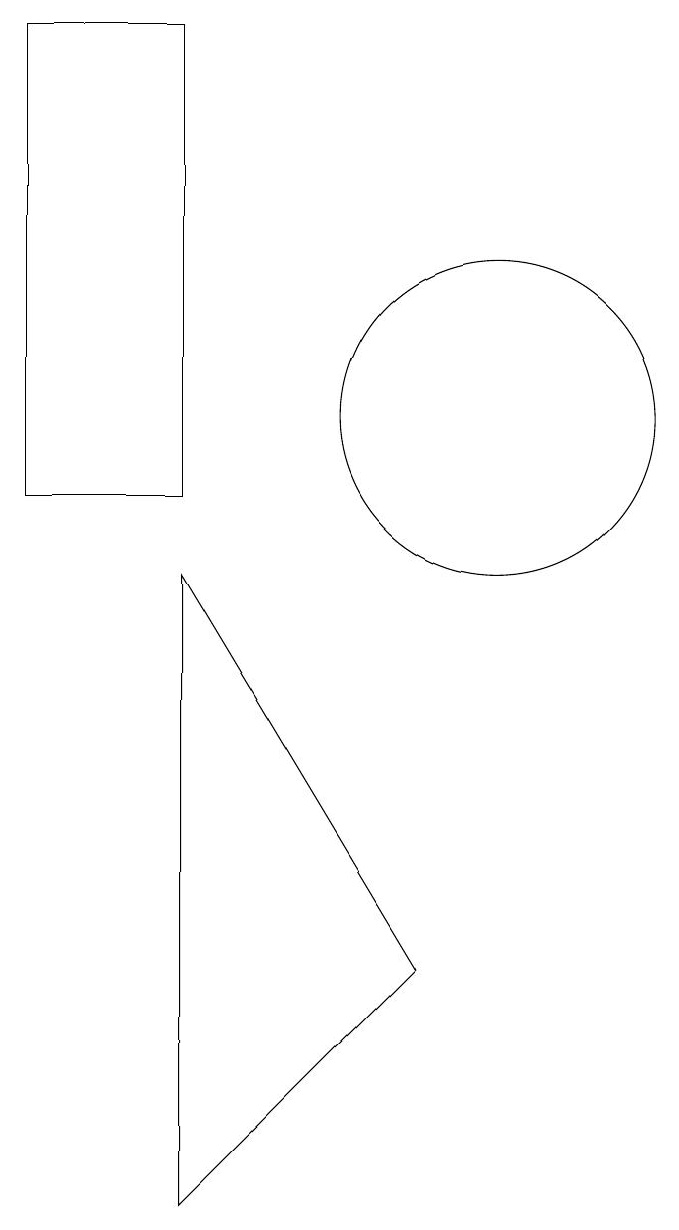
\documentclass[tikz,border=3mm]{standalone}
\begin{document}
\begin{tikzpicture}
\draw (10,11) circle (2);
\draw (6,16) rectangle (4,10);
\draw (6,9) -- (6,1) -- (9,4) -- cycle;
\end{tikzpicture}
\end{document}